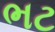
ભટ